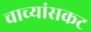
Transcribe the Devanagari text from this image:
चाच्यांसकट